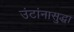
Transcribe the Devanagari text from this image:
उंटांनासुद्धा